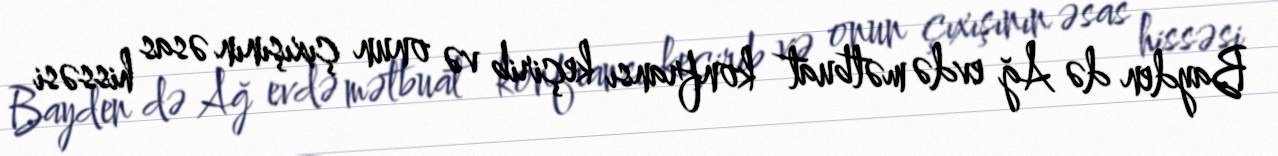
Bayden də Ağ evdə mətbuat konfransı keçirib və onun çıxışının əsas hissəsi